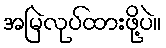
အမြဲလုပ်ထားဖို့ပဲ။